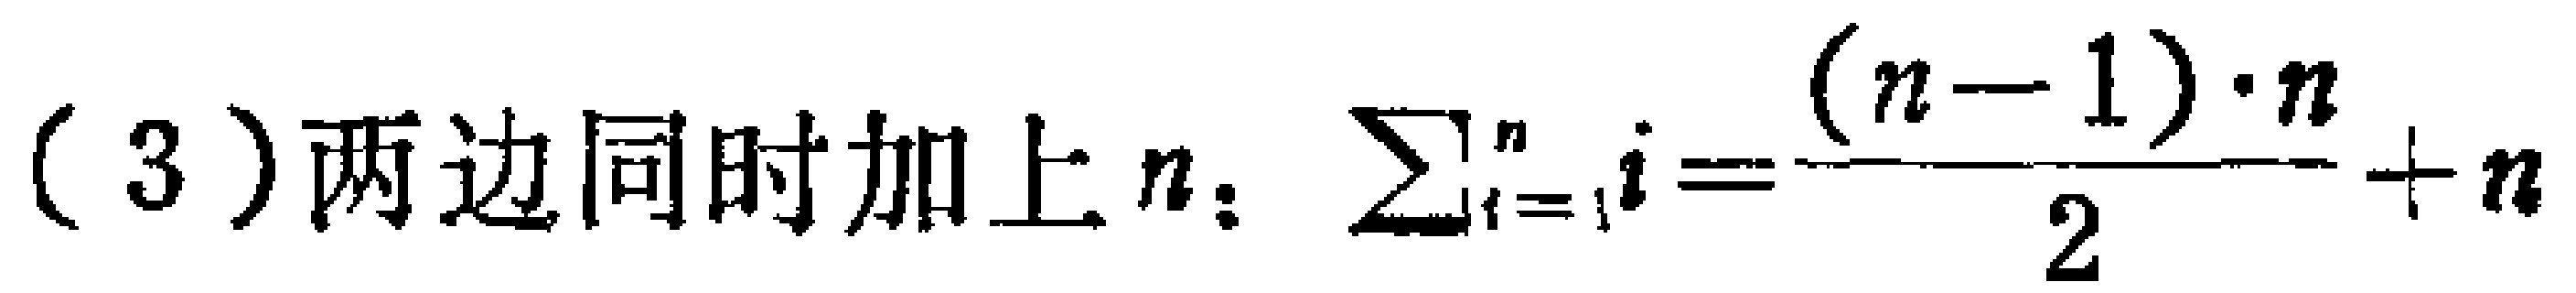
(3) 两边同时加上 \(n\)：\(\sum_{i = 1}^{n}i=\frac{(n - 1)\cdot n}{2}+n\)